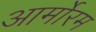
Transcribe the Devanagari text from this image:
आर्मोरम